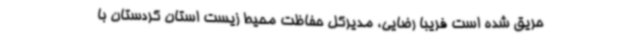
حریق شده است فریبا رضایی، مدیرکل حفاظت محیط زیست استان کردستان با